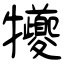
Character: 犪